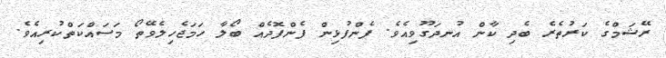
ރޭޝަމްގެ ކަރުތެރެ ބެދި ކާން އުނދަގޫވިއެވެ. ފެންފުޅިން ފެންފޮދެއް ބޯލާ ހަމަޖެހިލެވޭތޯ މަސައްކަތްކުރިއެވެ.